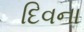
દિવના